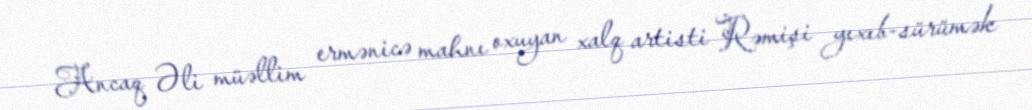
Ancaq Əli müəllim ermənicə mahnı oxuyan xalq artisti Rəmişi yıxıb-sürümək